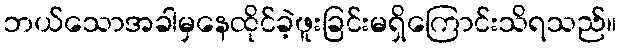
ဘယ်သောအခါမှနေထိုင်ခဲ့ဖူးခြင်းမရှိကြောင်းသိရသည်။